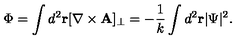
\Phi = \int d ^ { 2 } { \bf r } [ \nabla \times { \bf A } ] _ { \perp } = - { \frac { 1 } { k } } \int d ^ { 2 } { \bf r } | \Psi | ^ { 2 } .